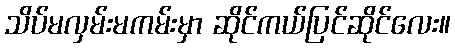
သိပ်မလှမ်းမကမ်းမှာ ဆိုင်ကယ်ပြင်ဆိုင်လေး။